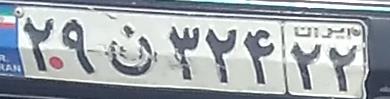
۲۹ن۳۲۴۲۲